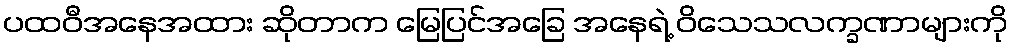
ပထဝီအနေအထား ဆိုတာက မြေပြင်အခြေ အနေရဲ့ ဝိသေသလက္ခဏာများကို